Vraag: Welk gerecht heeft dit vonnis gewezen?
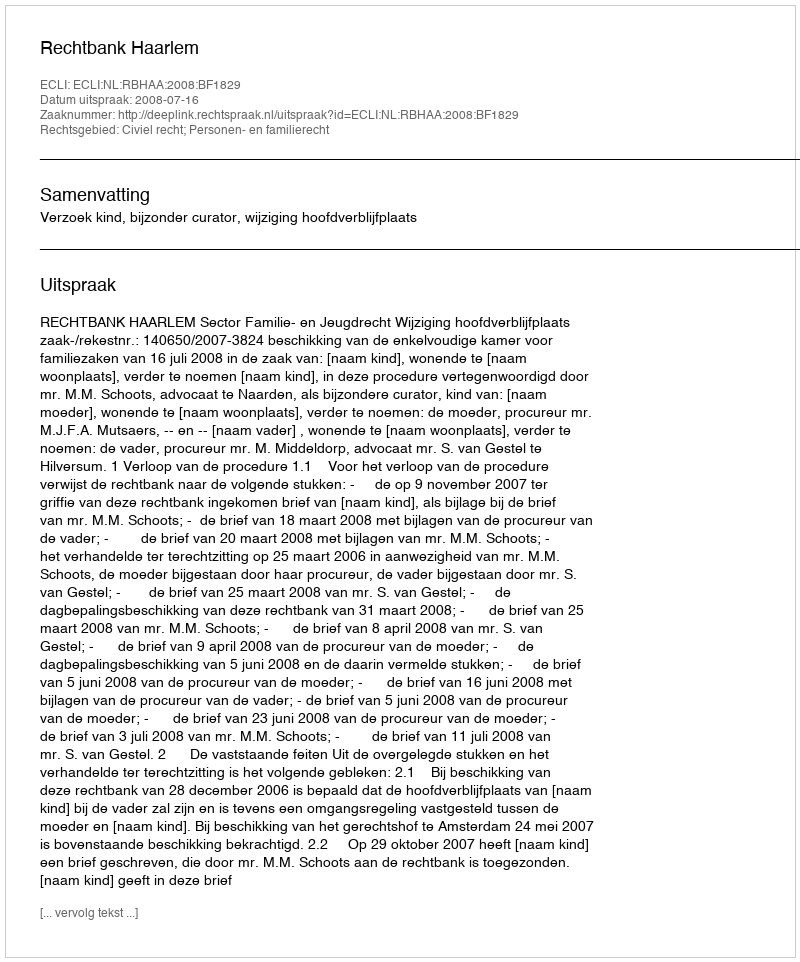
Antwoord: Rechtbank Haarlem